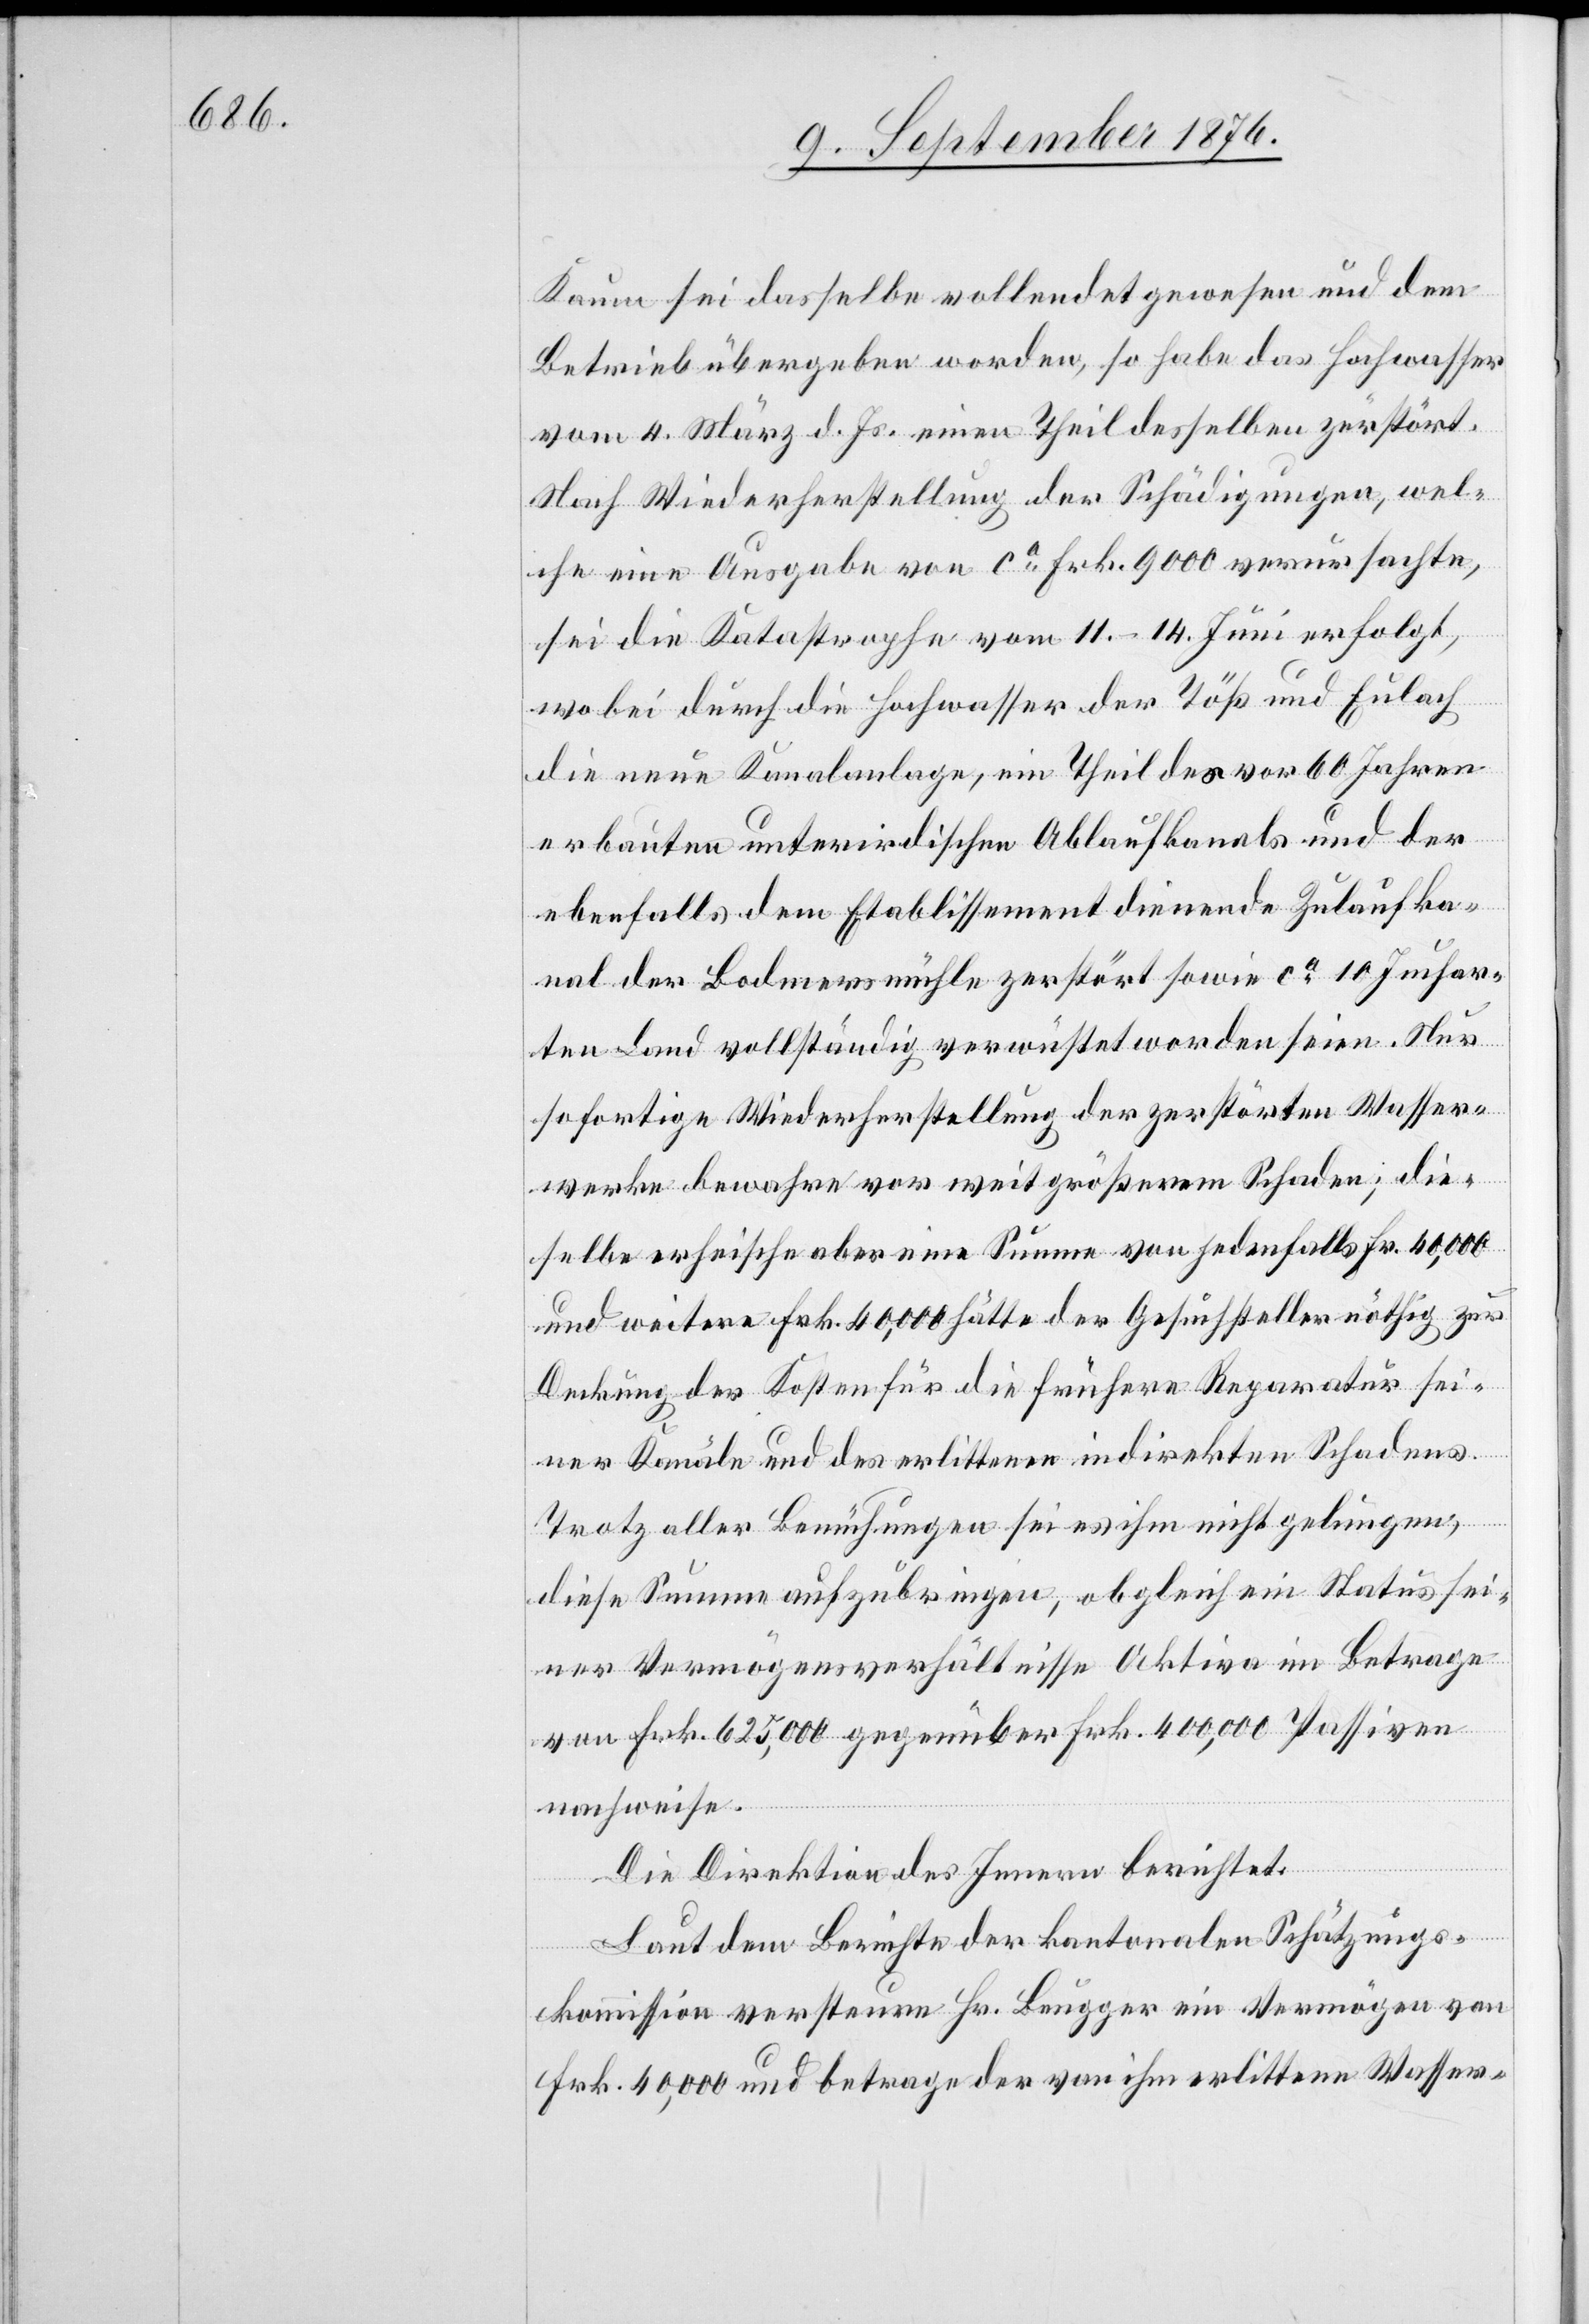
Dann sei dasselbe vollendet gewesen und dem
Betrieb übergeben worden, so habe das Hochwasser
vom 4. März d. Js. einen Theil desselben zerstört.
Nach Wiederherstellung der Schädigungen, wel¬
che eine Ausgabe von ca Frk. 9000 verursachten,
sei die Katastrophe vom 11.–14. Juni erfolgt,
wobei durch die Hochwasser der Töß und Eulach
die neue Kanalanlage, ein Theil des vor 60 Jahren
erbauten unterirdischen Ablaufkanals und der
ebenfalls dem Etablissement dienende Zulaufka¬
nal der Bodmersmühle zerstört sowie ca 10 Juchar¬
ten Land vollständig verwüstet worden seien. Nur
sofortige Wiederherstellung der zerstörten Wasser¬
werke bewahre vor weit größerem Schaden; die¬
selbe erheische aber eine Summe von jedenfalls Fr. 40,000
und weitere Frk. 40,000 hätte der Gesuchsteller nöthig zur
Deckung der Kosten für die frühere Reparatur sei¬
ner Kanäle und des erlittenen indirekten Schadens.
Trotz aller Bemühungen sei es ihm nicht gelungen,
diese Summe aufzubringen, obgleich ein Status sei¬
ner Vermögensverhältnisse Aktiva im Betrage
von Frk. 625,000 gegenüber Frk. 400,000 Passiven
nachweise.
Die Direktion des Innern berichtet:
Laut dem Berichte der kantonalen Schätzungs¬
kommission versteuern Hr. Beugger ein Vermögen von
Frk. 40,000 und betrage der von ihm erlittene Wasser-